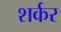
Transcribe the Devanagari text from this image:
शर्कर